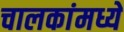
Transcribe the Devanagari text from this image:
चालकांमध्ये